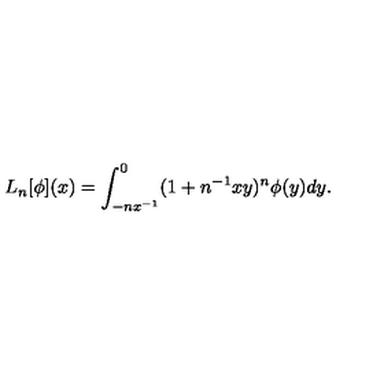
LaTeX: L _ { n } [ \phi ] ( x ) = \int _ { - n x ^ { - 1 } } ^ { 0 } ( 1 + n ^ { - 1 } x y ) ^ { n } \phi ( y ) d y .